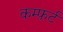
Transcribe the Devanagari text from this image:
कम्फ़र्ट